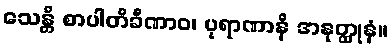
သေန္တိ စာပါတိခီဏာဝ၊ ပုရာဏာနိ အနုတ္ထုနံ။